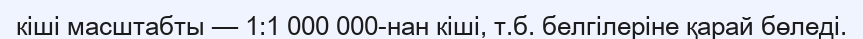
кіші масштабты — 1:1 000 000-нан кіші, т.б. белгілеріне қарай бөледі.